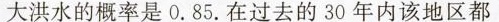
特大洪水的概率是(0.85.在过去的30年内该地区都